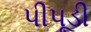
પીપૂડી